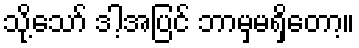
သို့သော် ဒါ့အပြင် ဘာမှမရှိတော့။